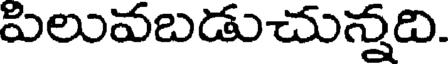
పిలువబడుచున్నది.